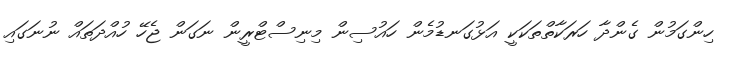
ހިންގަމުން ގެންދާ ހަރަކާތްތަކަކީ އަޅުގަނޑުމެން ހައުސިން މިނިސްޓްރީން ނަގަން ޖެހޭ ހުއްދަތައް ނުނަގައި